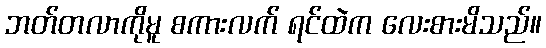
ဘတ်တလာကိုမူ စကားလက် ရင်ထဲက လေးစားမိသည်။